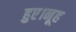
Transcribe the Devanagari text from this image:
हुए।नूह